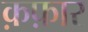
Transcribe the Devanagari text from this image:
क़फ़ार